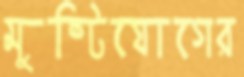
মুষ্টিযোগের